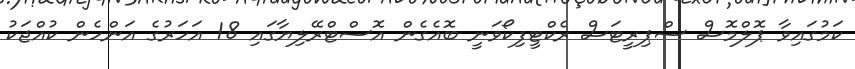
ކަމުގައިވާ ޕޮލްމޮސް ސްޕިރީޓަސް ރެކްޓީފިކޯވަނީ ބޮއެގެން އޮސްޓްރޭލިޔާގައި 18 އަހަރުގެ އަންހެން ކުއްޖަކު